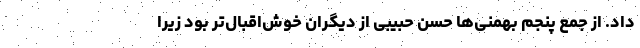
داد. از جمع پنجم بهمنی‌ها حسن حبیبی از دیگران خوش‌اقبال‌تر بود زیرا